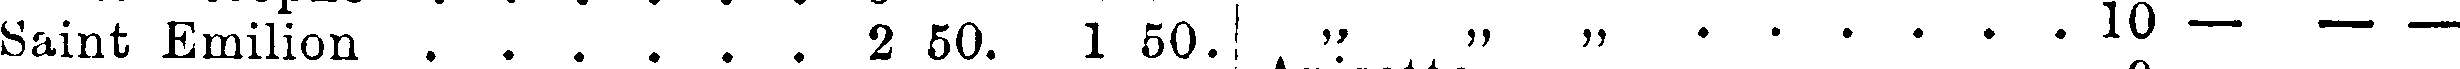
Saint emilion . . . . . 2 50. 1 50. „ „ „ . . . . . . . 10 – – –